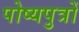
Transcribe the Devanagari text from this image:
पोष्यपुत्रों